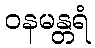
ဝနမန္တရံ